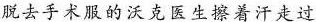
脱去手术服的沃克医生擦着汗走过